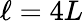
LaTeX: \ell=4L